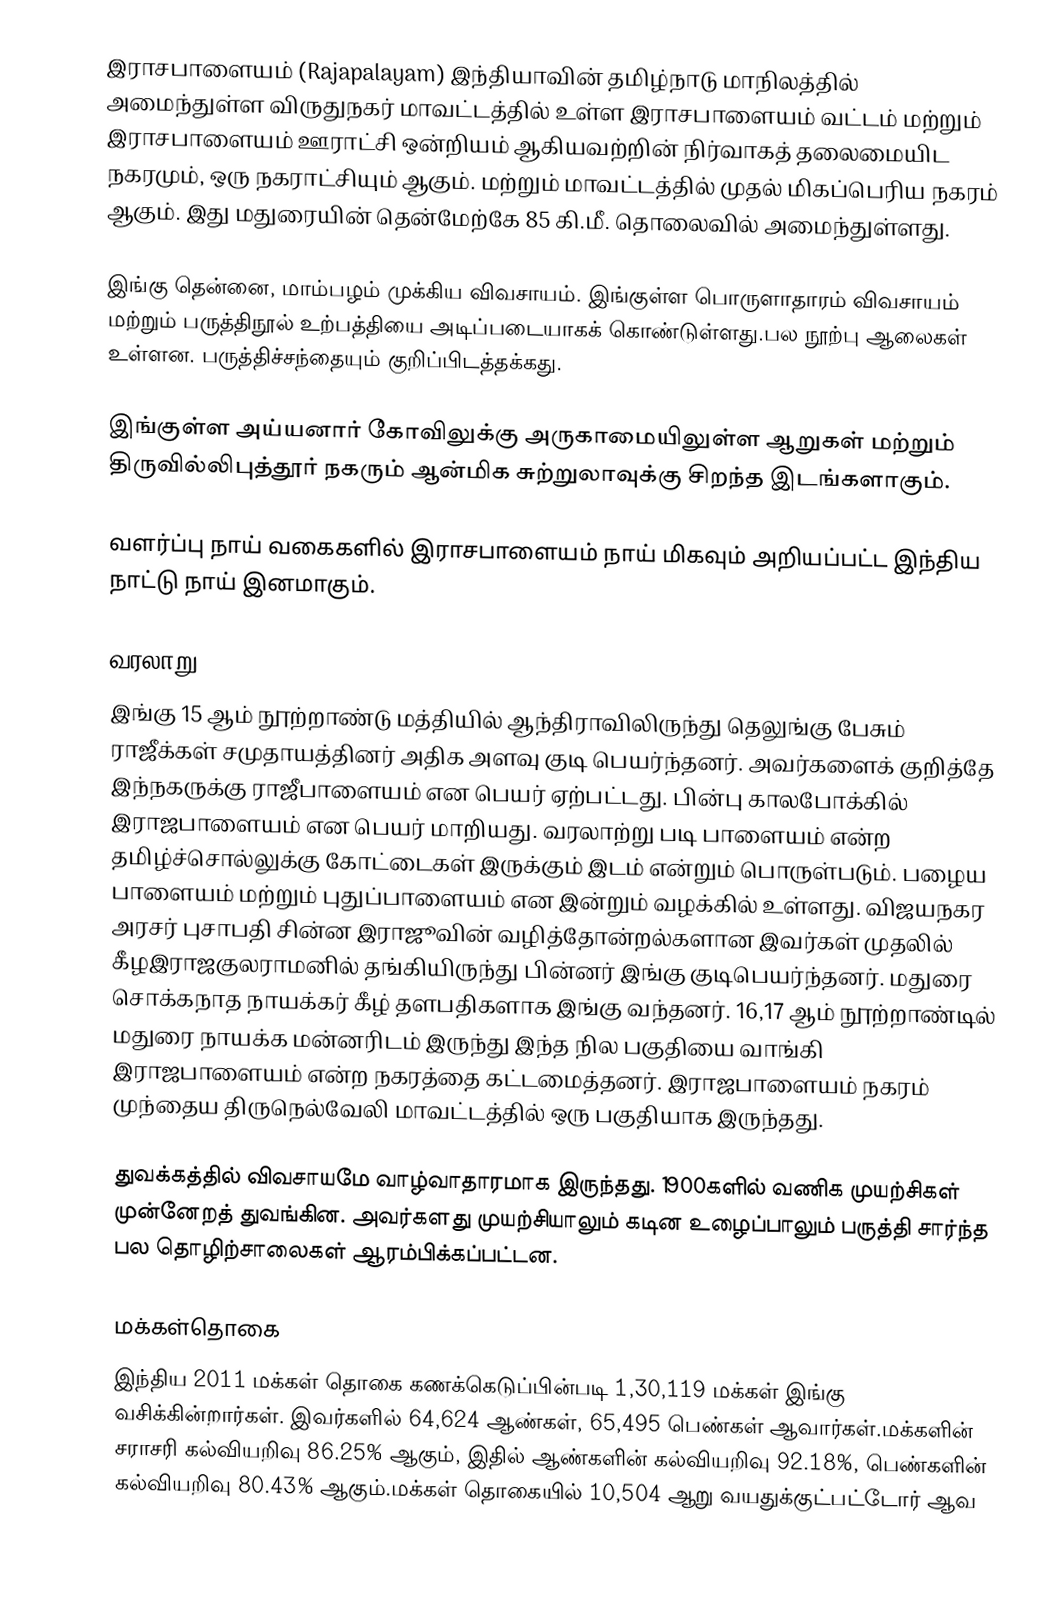
இராசபாளையம் (Rajapalayam) இந்தியாவின் தமிழ்நாடு மாநிலத்தில் அமைந்துள்ள விருதுநகர் மாவட்டத்தில் உள்ள இராசபாளையம் வட்டம் மற்றும் இராசபாளையம் ஊராட்சி ஒன்றியம் ஆகியவற்றின் நிர்வாகத் தலைமையிட நகரமும், ஒரு நகராட்சியும் ஆகும். மற்றும் மாவட்டத்தில் முதல் மிகப்பெரிய நகரம் ஆகும். இது மதுரையின் தென்மேற்கே 85 கி.மீ. தொலைவில் அமைந்துள்ளது.

இங்கு தென்னை, மாம்பழம் முக்கிய விவசாயம். இங்குள்ள பொருளாதாரம் விவசாயம் மற்றும் பருத்திநூல் உற்பத்தியை அடிப்படையாகக் கொண்டுள்ளது.பல நூற்பு ஆலைகள் உள்ளன. பருத்திச்சந்தையும் குறிப்பிடத்தக்கது.

இங்குள்ள அய்யனார் கோவிலுக்கு அருகாமையிலுள்ள ஆறுகள் மற்றும்  திருவில்லிபுத்தூர் நகரும் ஆன்மிக  சுற்றுலாவுக்கு சிறந்த இடங்களாகும்.

வளர்ப்பு நாய் வகைகளில் இராசபாளையம் நாய் மிகவும் அறியப்பட்ட இந்திய நாட்டு நாய் இனமாகும்.

வரலாறு
இங்கு 15 ஆம் நூற்றாண்டு மத்தியில் ஆந்திராவிலிருந்து தெலுங்கு பேசும் ராஜீக்கள் சமுதாயத்தினர் அதிக அளவு குடி பெயர்ந்தனர். அவர்களைக் குறித்தே இந்நகருக்கு ராஜீபாளையம் என பெயர் ஏற்பட்டது. பின்பு காலபோக்கில் இராஜபாளையம் என பெயர் மாறியது. வரலாற்று படி பாளையம் என்ற தமிழ்ச்சொல்லுக்கு கோட்டைகள் இருக்கும் இடம் என்றும் பொருள்படும். பழைய பாளையம் மற்றும் புதுப்பாளையம் என இன்றும் வழக்கில் உள்ளது. விஜயநகர அரசர் புசாபதி சின்ன இராஜூவின் வழித்தோன்றல்களான இவர்கள் முதலில் கீழஇராஜகுலராமனில் தங்கியிருந்து பின்னர் இங்கு குடிபெயர்ந்தனர். மதுரை  சொக்கநாத நாயக்கர் கீழ் தளபதிகளாக இங்கு வந்தனர். 16,17 ஆம் நூற்றாண்டில் மதுரை நாயக்க மன்னரிடம் இருந்து இந்த நில பகுதியை வாங்கி இராஜபாளையம் என்ற நகரத்தை கட்டமைத்தனர். இராஜபாளையம் நகரம் முந்தைய திருநெல்வேலி மாவட்டத்தில் ஒரு பகுதியாக இருந்தது.

துவக்கத்தில் விவசாயமே வாழ்வாதாரமாக இருந்தது. 1900களில் வணிக முயற்சிகள் முன்னேறத் துவங்கின. அவர்களது முயற்சியாலும் கடின உழைப்பாலும் பருத்தி சார்ந்த பல தொழிற்சாலைகள் ஆரம்பிக்கப்பட்டன.

மக்கள்தொகை
இந்திய 2011 மக்கள் தொகை கணக்கெடுப்பின்படி 1,30,119 மக்கள் இங்கு வசிக்கின்றார்கள். இவர்களில் 64,624 ஆண்கள், 65,495 பெண்கள் ஆவார்கள்.மக்களின் சராசரி கல்வியறிவு 86.25% ஆகும்,  இதில் ஆண்களின் கல்வியறிவு 92.18%,  பெண்களின் கல்வியறிவு 80.43% ஆகும்.மக்கள் தொகையில் 10,504 ஆறு வயதுக்குட்பட்டோர் ஆவ